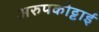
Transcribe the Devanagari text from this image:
अरुपकोट्टाई